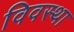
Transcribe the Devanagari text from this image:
विवस्था